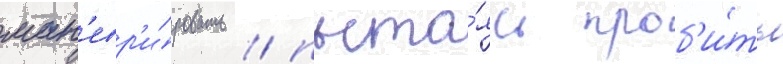
ман'евр'и́ровать / пыта́ясь проб'и́ть